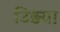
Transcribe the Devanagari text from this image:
उिड़या